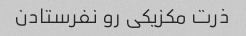
ذرت مکزیکی رو نفرستادن